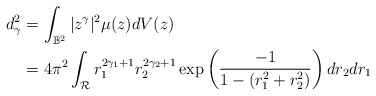
\begin{align*}d_{\gamma}^2&=\int_{\mathbb{B}^2}|z^{\gamma}|^2\mu(z)dV(z)\\&=4\pi^2\int_{\mathcal{R}}r_1^{2\gamma_1+1}r_2^{2\gamma_2+1}\exp \left( \frac{-1}{1-(r_1^2+r_2^2)}\right)dr_2dr_1\end{align*}